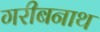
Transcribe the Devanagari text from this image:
गरीबनाथ